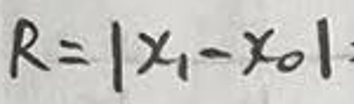
$R = | x _ { 1 } - x _ { 0 } |$